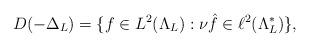
LaTeX: \begin{align*}D(-\Delta_L) = \{ f \in L^2(\Lambda_L) : \nu \hat{f} \in \ell^2(\Lambda_L^*) \},\end{align*}